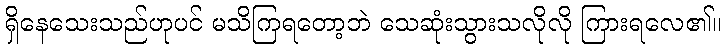
ရှိနေသေးသည်ဟုပင် မသိကြရတော့ဘဲ သေဆုံးသွားသလိုလို ကြားရလေ၏။